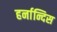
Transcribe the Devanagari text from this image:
हर्नान्दिस